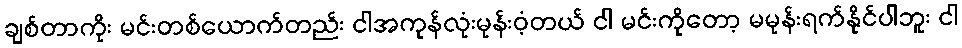
ချစ်တာကိုး မင်းတစ်ယောက်တည်း ငါအကုန်လုံးမုန်းဝံ့တယ် ငါ မင်းကိုတော့ မမုန်းရက်နိုင်ပါဘူး ငါ